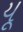
યૂ